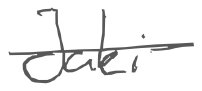
Text: Jaki
Cross-out: single-line
Writing tool: digital_gray